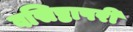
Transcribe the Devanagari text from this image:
वसिष्ठापरी